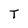
Character: T